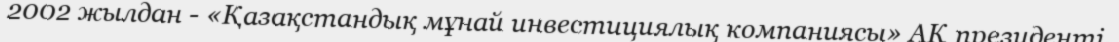
2002 жылдан - «Қазақстандық мұнай инвестициялық компаниясы» АҚ президенті.